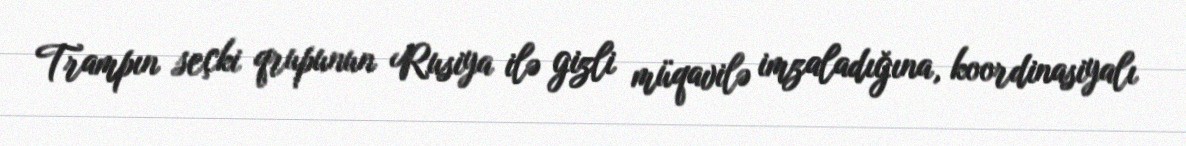
Trampın seçki qrupunun Rusiya ilə gizli müqavilə imzaladığına, koordinasiyalı